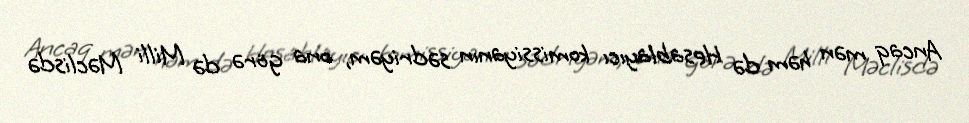
Ancaq mən həm də Hesablayıcı komissiyanın sədriyəm, ona görə də Milli Məclisdə